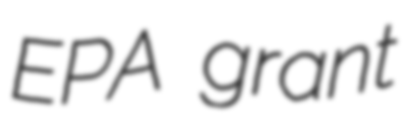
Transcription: EPA grant